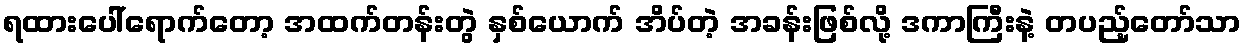
ရထားပေါ်ရောက်တော့ အထက်တန်းတွဲ နှစ်ယောက် အိပ်တဲ့ အခန်းဖြစ်လို့ ဒကာကြီးနဲ့ တပည့်တော်သာ